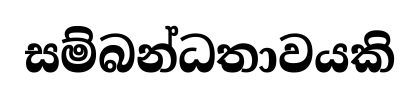
සම්බන්ධතාවයකි